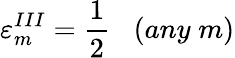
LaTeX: {\varepsilon}_{m}^{III}=\frac{1}{2}\; \; \; (any\; m)